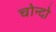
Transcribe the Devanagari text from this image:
चोन्दो